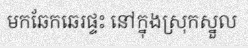
មកឆែកឆេរផ្ទះ នៅក្នុងស្រុកស្នួល